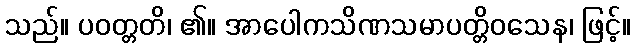
သည်။ ပဝတ္တတိ၊ ၏။ အာပေါကသိဏသမာပတ္တိဝသေန၊ ဖြင့်။